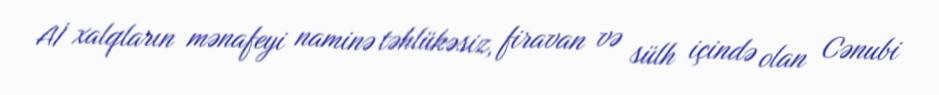
Aİ xalqların mənafeyi naminə təhlükəsiz, firavan və sülh içində olan Cənubi